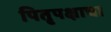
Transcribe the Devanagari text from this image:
पितृपक्षाचा